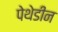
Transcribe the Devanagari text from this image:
पेथेडीन